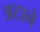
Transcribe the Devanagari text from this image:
अटाने